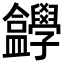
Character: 𡦸